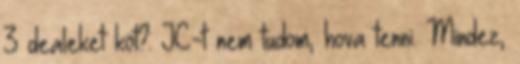
3 dealeket köt?: JC-t nem tudom, hova tenni. Mindez,